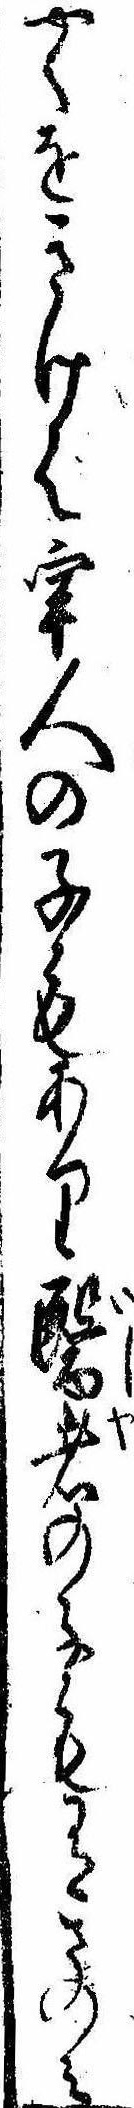
やくをきけは牢人の子もあり医者の子も有さのみ